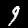
Label: 9